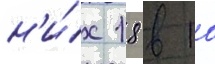
н'и́х 18 в 10